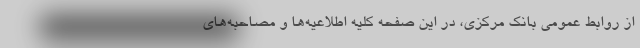
از روابط عمومی بانک مرکزی، در این صفحه کلیه اطلاعیه‌ها و مصاحبه‌های